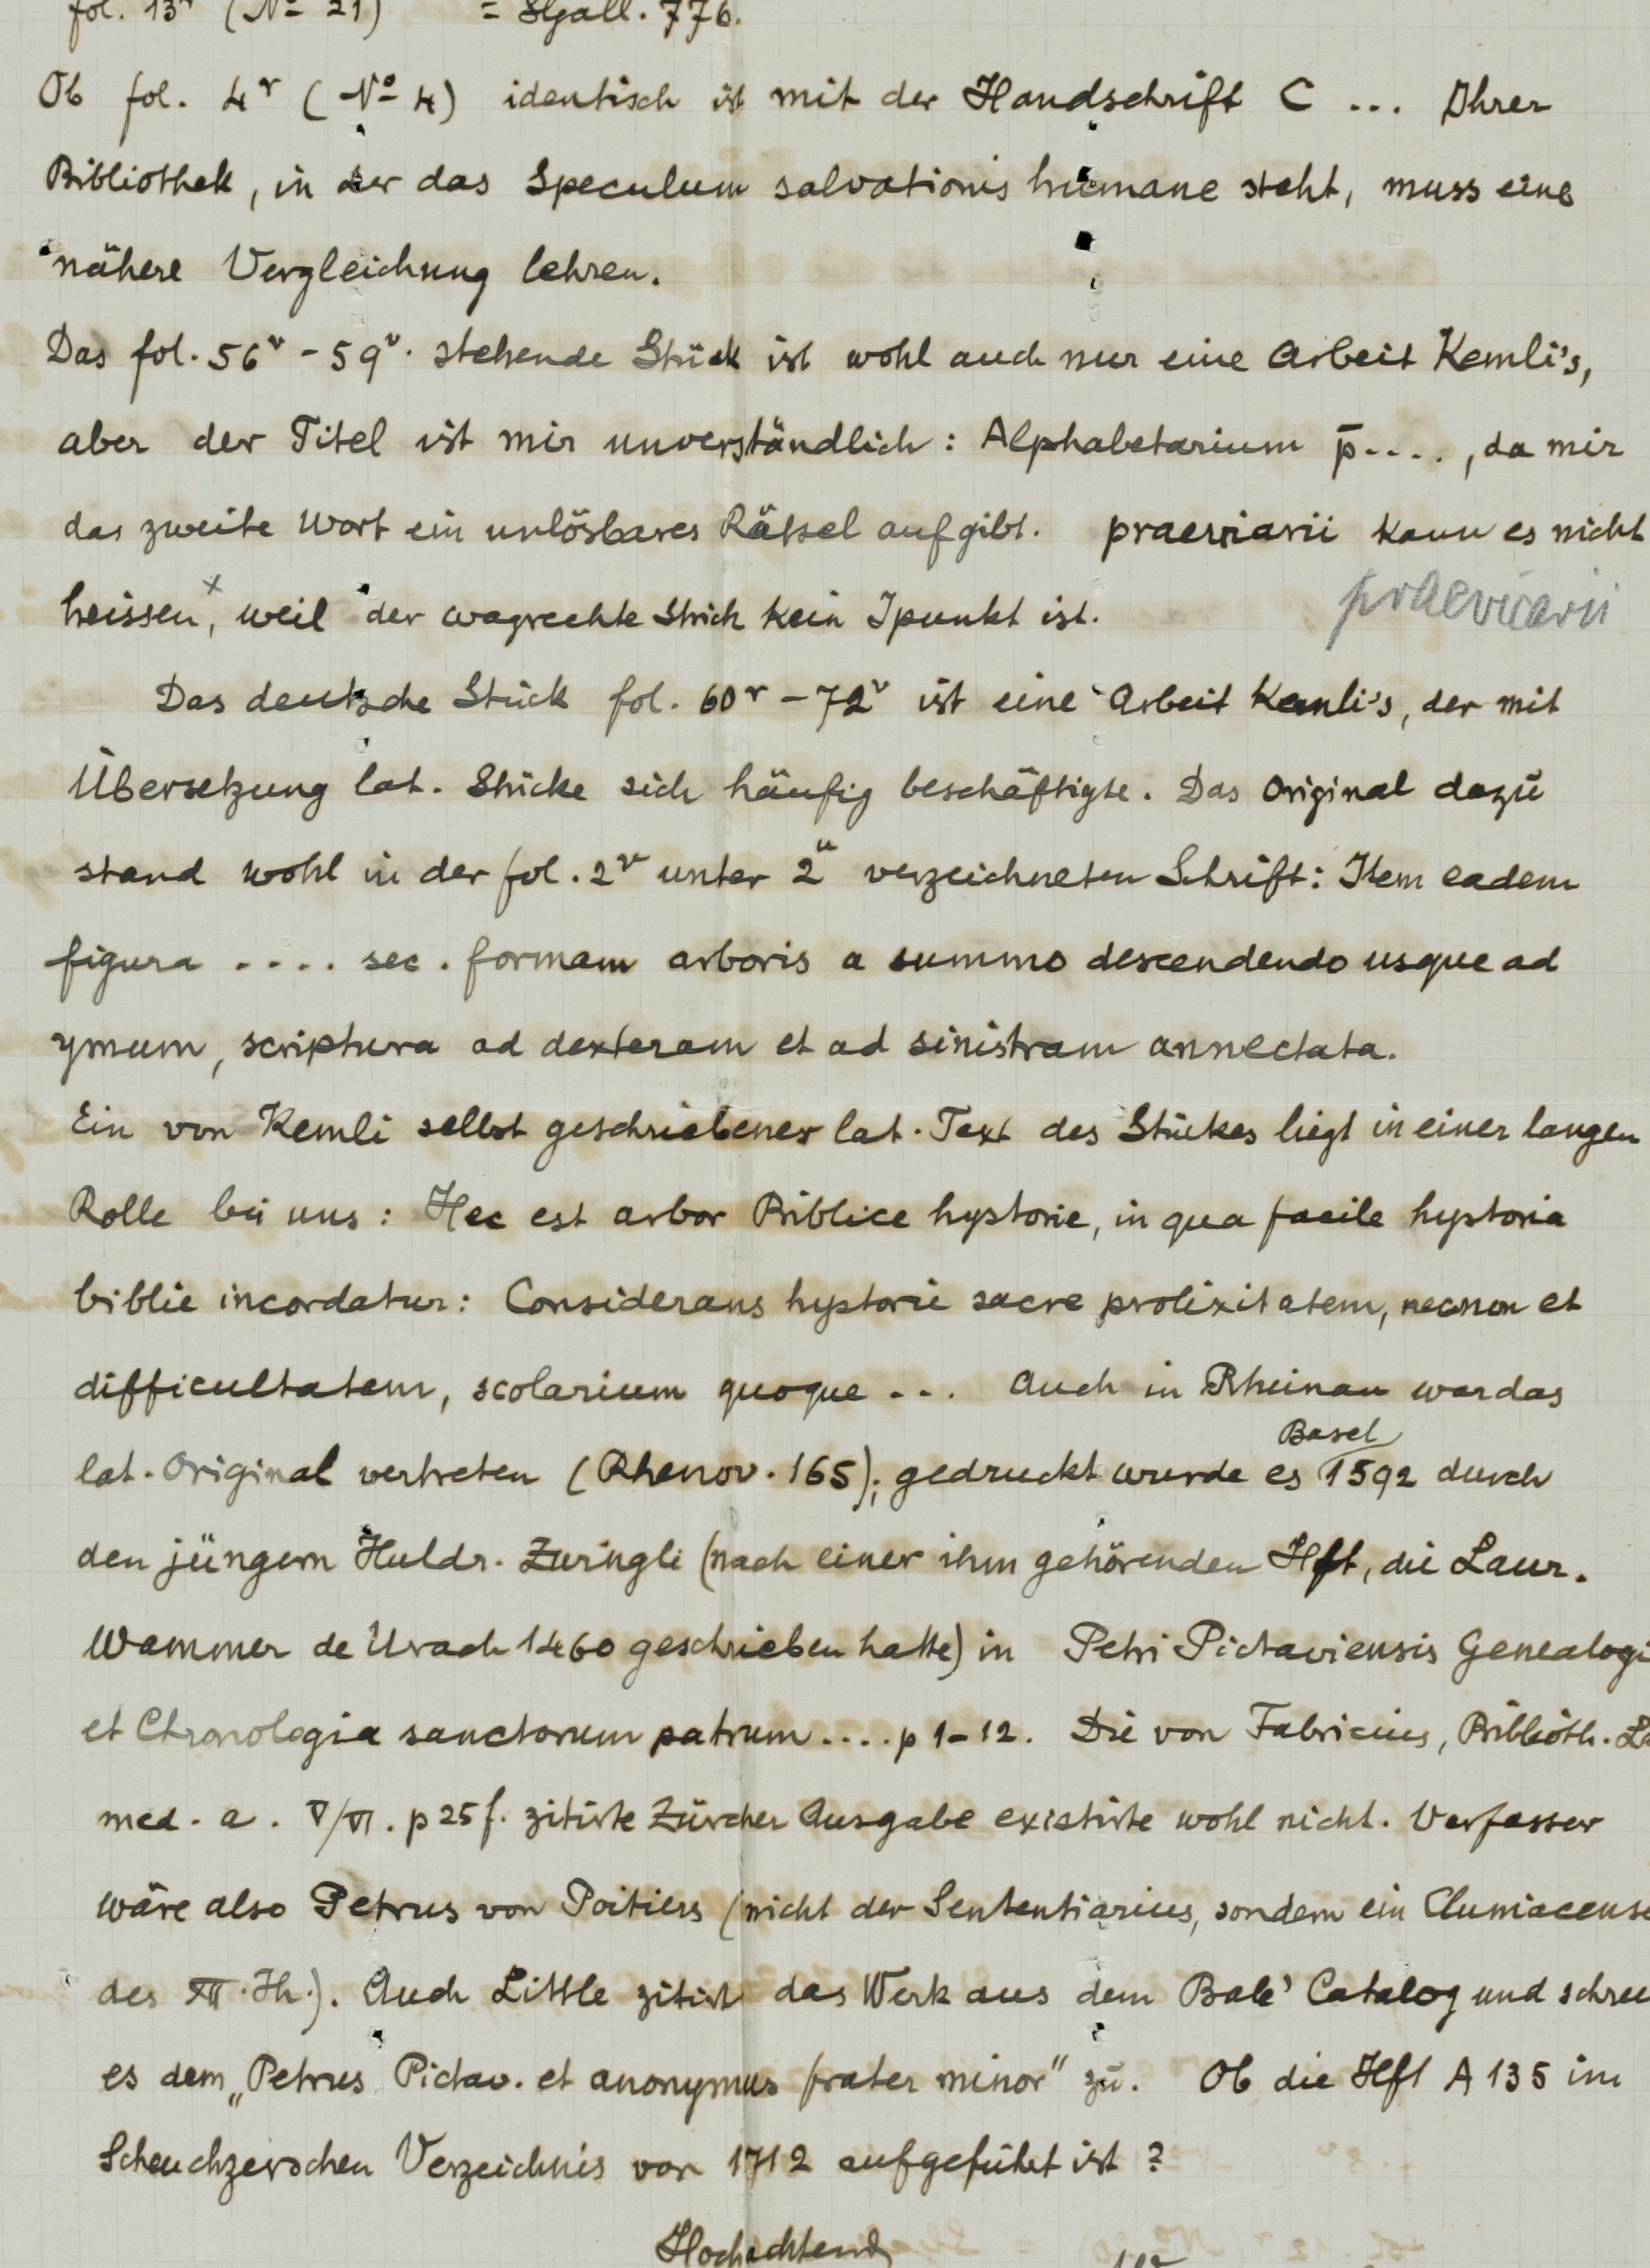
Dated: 1400–1499